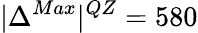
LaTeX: |{\Delta^{Max}}|^{QZ}=580